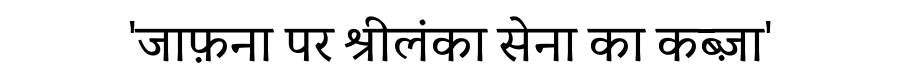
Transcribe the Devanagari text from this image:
'जाफ़ना पर श्रीलंका सेना का कब्ज़ा'